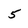
Character: 5